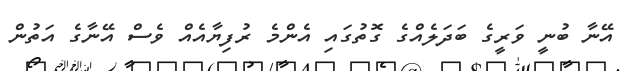
އޭނާ ބުނީ ވަރީގެ ބަދަލެއްގެ ގޮތުގައި އެންމެ ރުފިޔާއެއް ވެސް އޭނާގެ އަތުން